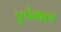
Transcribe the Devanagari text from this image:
एपेशल